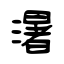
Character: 濐